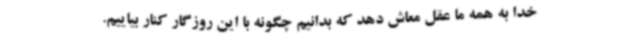
خدا به همه ما عقل معاش دهد که بدانیم چگونه با این روزگار کنار بیاییم.